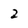
Character: 2